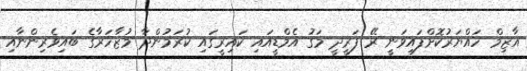
އާޒިމް ހައްޔަރުކޮށްފައިވަނީ ރޭ ފަރީދީ މަގު އެމްޑީއައި ކައިރީގައި ކުރަމުންދާ މުޒާހަރާގެ ބައިވެރިންނާއި